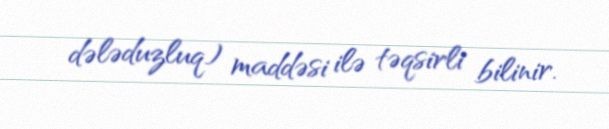
dələduzluq) maddəsi ilə təqsirli bilinir.